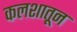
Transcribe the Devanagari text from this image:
कलशातून